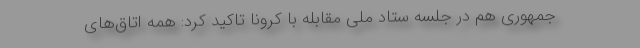
جمهوری هم در جلسه ستاد ملی مقابله با کرونا تاکید کرد: همه اتاق‌های